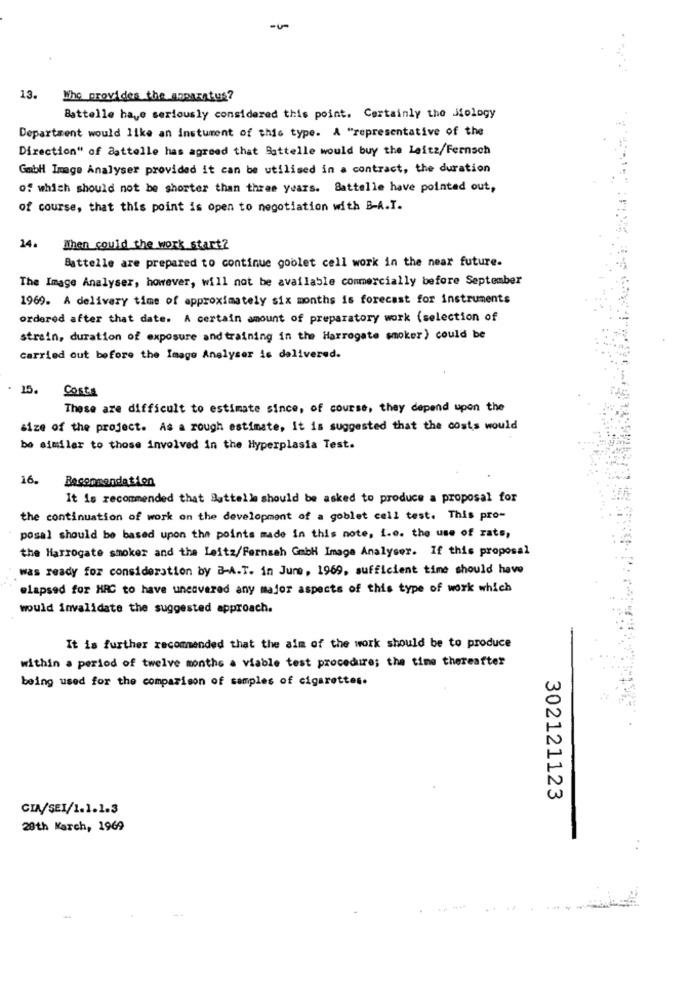
-u-
13.
Who provides the naparatus?
Battelle have seriously considered this point. Certainly the Jology
Department would like an instument of this type. A "representative of the
Direction" of aattelle has agreed that Sattelle would buy the Leitz/Fernsch
Gabi Image Analyser provided it can be utilised in a contract, the duration
of which should not be shorter than three years. Battelle have pointed out,
of course, that this point is open to negotiation with B-A.I.
24.
When could the work start?
Battelle are prepared to continue goblet cell work in the near future.
The Image Analyser, however, will not be available commercially before September
1969. A delivery time of approximately six months is forecast for instruments
ordered after that date. A certain amount of preparatory work (selection of
strain, duration of exposure and training in the Harrogate smoker) could be
carried out before the Image Analyser is delivered.
15.
Costs
These are difficult to estimate since, of course, they depend upon the
size of the project. As a rough estimate, It is suggested that the costs would
be similar to those involved in the Hyperplasia Test.
16.
It is recommended that Buttelle should be asked to produce a proposal for
the continuation of work on the development of a goblet cell test. This pro-
posal should be based upon the points made in this note, i.e. the use of rats,
the Harrogate smoker and the Leitz/Fernaah GmbH Image Analyser. If this proposal
was ready for consideration by B-A.T. in June, 1969, sufficient time should have
@lapsed for HRC to have uncovered any major aspects of this type of work which
would invalidate the suggested approach.
It is further recommended that the aim of the work should be to produce
within a period of twelve months a viable test procedure; the time thereafter
being used for the comparison of samples of cigarettes.
302121123
CIA/SEI/1.1.1.3
29th March, 1969